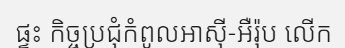
ផ្ទះ កិច្ចប្រជុំកំពូលអាស៊ី-អឺរ៉ុប លើក